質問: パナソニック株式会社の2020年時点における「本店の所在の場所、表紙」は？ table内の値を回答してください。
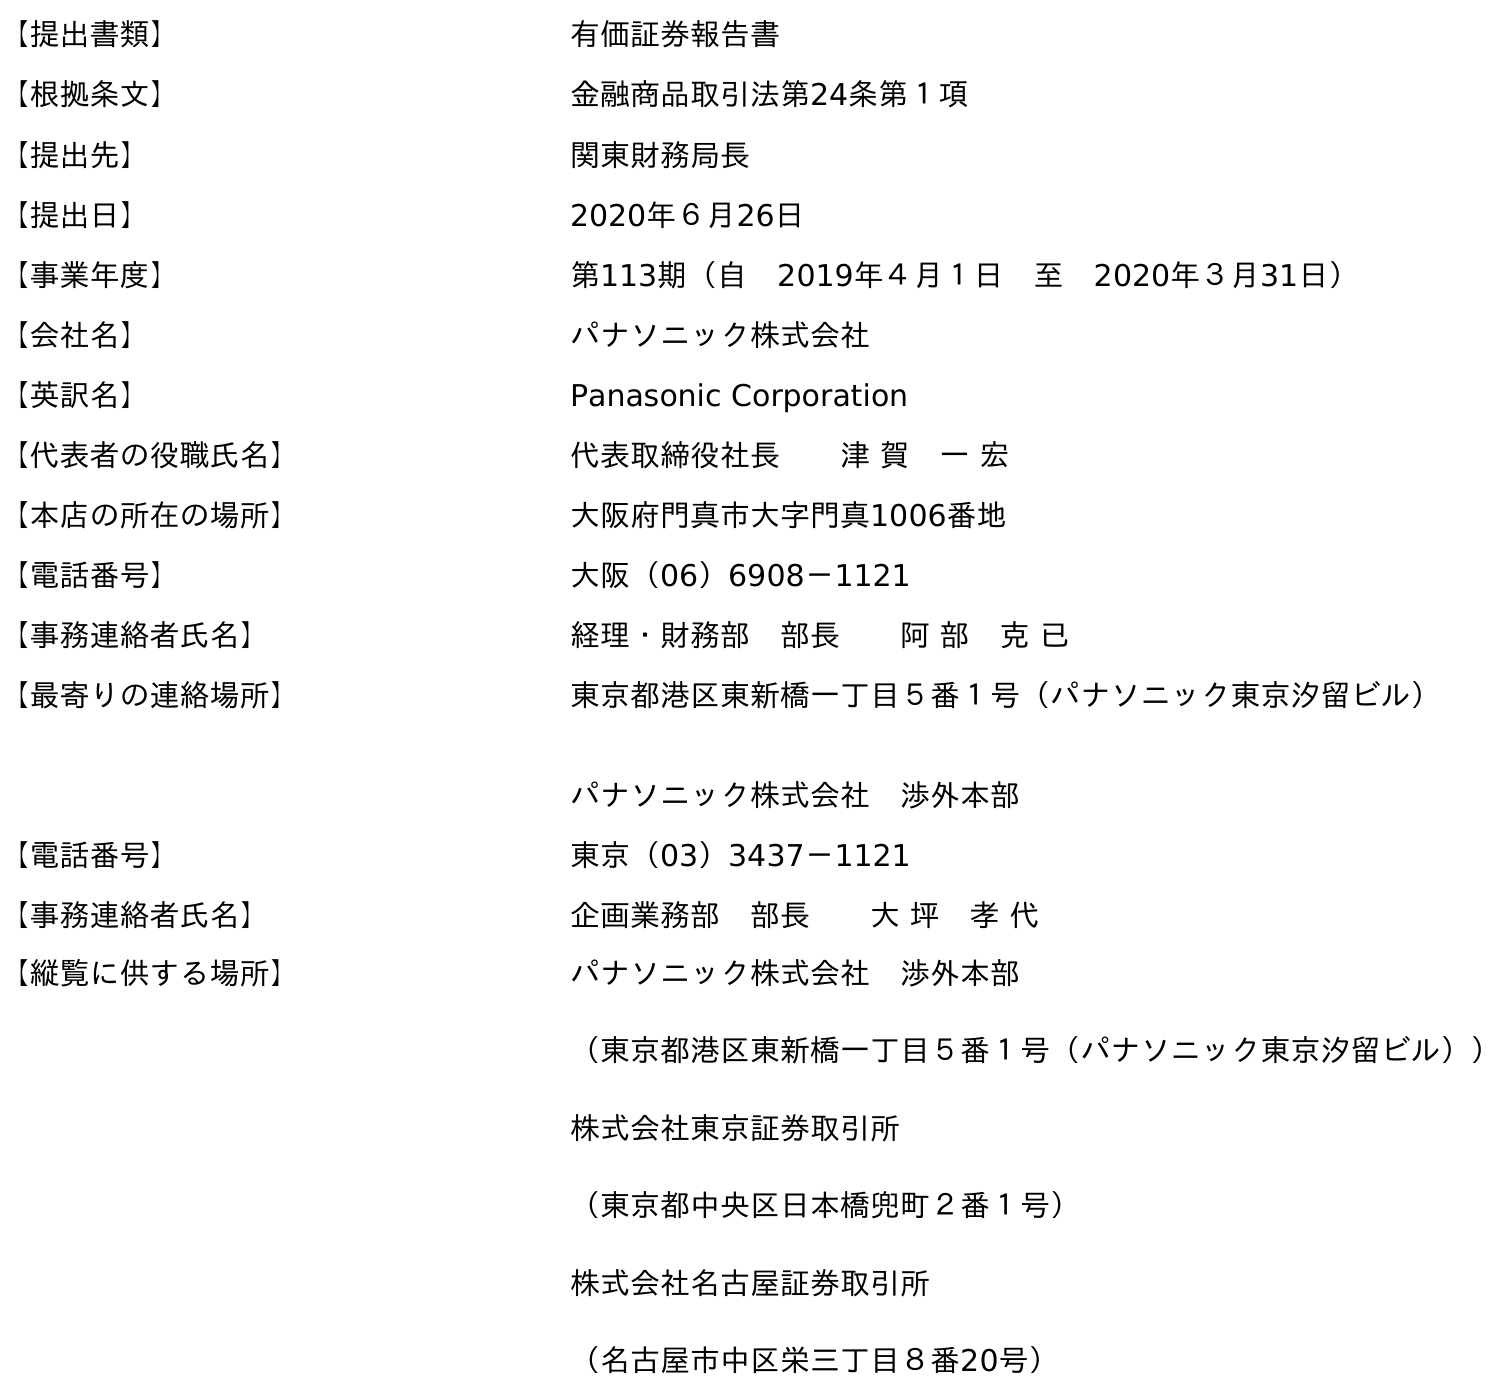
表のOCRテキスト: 【提出書類】 有価証券報告書 【根拠条文】 金融商品取引法第24条第１項 【提出先】 関東財務局長 【提出日】 2020年６月26日 【事業年度】 第113期（自 2019年４月１日 至 2020年３月31日） 【会社名】 パナソニック株式会社 【英訳名】 Panasonic Corporation 【代表者の役職氏名】 代表取締役社長  津 賀 一 宏 【本店の所在の場所】 大阪府門真市大字門真1006番地 【電話番号】 大阪（06）6908－1121 【事務連絡者氏名】 経理・財務部 部長  阿 部 克 已 【最寄りの連絡場所】 東京都港区東新橋一丁目５番１号（パナソニック東京汐留ビル） パナソニック株式会社 渉外本部 【電話番号】 東京（03）3437－1121 【事務連絡者氏名】 企画業務部 部長  大 坪 孝 代 【縦覧に供する場所】 パナソニック株式会社 渉外本部 （東京都港区東新橋一丁目５番１号（パナソニック東京汐留ビル）） 株式会社東京証券取引所 （東京都中央区日本橋兜町２番１号） 株式会社名古屋証券取引所 （名古屋市中区栄三丁目８番20号）
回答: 大阪府門真市大字門真1006番地